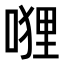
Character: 𭉭